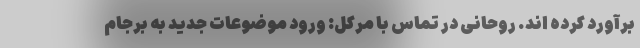
برآورد کرده اند. روحانی در تماس با مرکل: ورود موضوعات جدید به برجام